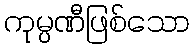
ကုမ္ပဏီဖြစ်သော